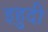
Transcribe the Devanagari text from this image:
इहुदी